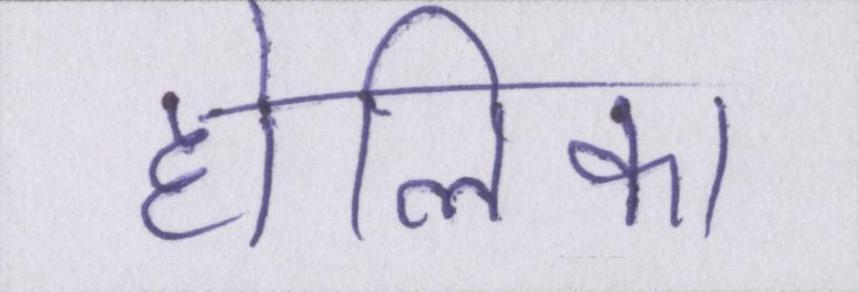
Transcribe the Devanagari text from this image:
होलिका